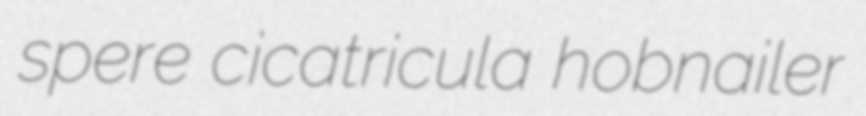
spere cicatricula hobnailer